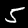
Digit: 5